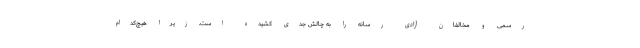
رسمی و مخالفان آزادی رسانه را به چالش جدی کشیده است. زیرا هیچ‌کدام